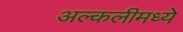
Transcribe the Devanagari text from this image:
अल्कलीमध्ये